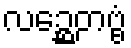
လဉ္ဆေတဗ္ဗံ